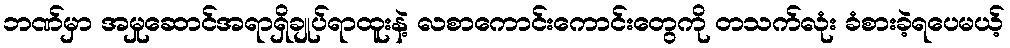
ဘဏ်မှာ အမှုဆောင်အရာရှိချုပ်ရာထူးနဲ့ လစာကောင်းကောင်းတွေကို တသက်လုံး ခံစားခဲ့ရပေမယ့်